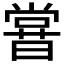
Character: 𣋈